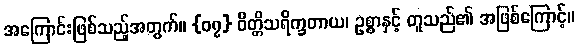
အကြောင်းဖြစ်သည့်အတွက်။ {၀၇} ဝိတ္တိသရိက္ခတာယ၊ ဥစ္စာနှင့် တူသည်၏ အဖြစ်ကြောင့်။